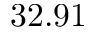
3 2 . 9 1